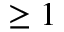
\geq 1